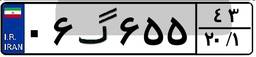
۰۶گ۶۵۵۴۳